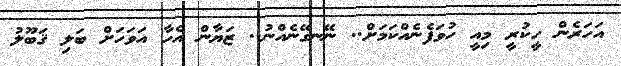
އަހަރެން ހީކުރީ މިއީ ހުވަފެނެއްކަމަށް.. ނޭނގޭނެއްނު.. ޒަޔާން އެހާ އަވަހަށް ބަލި ޤަބޫލު